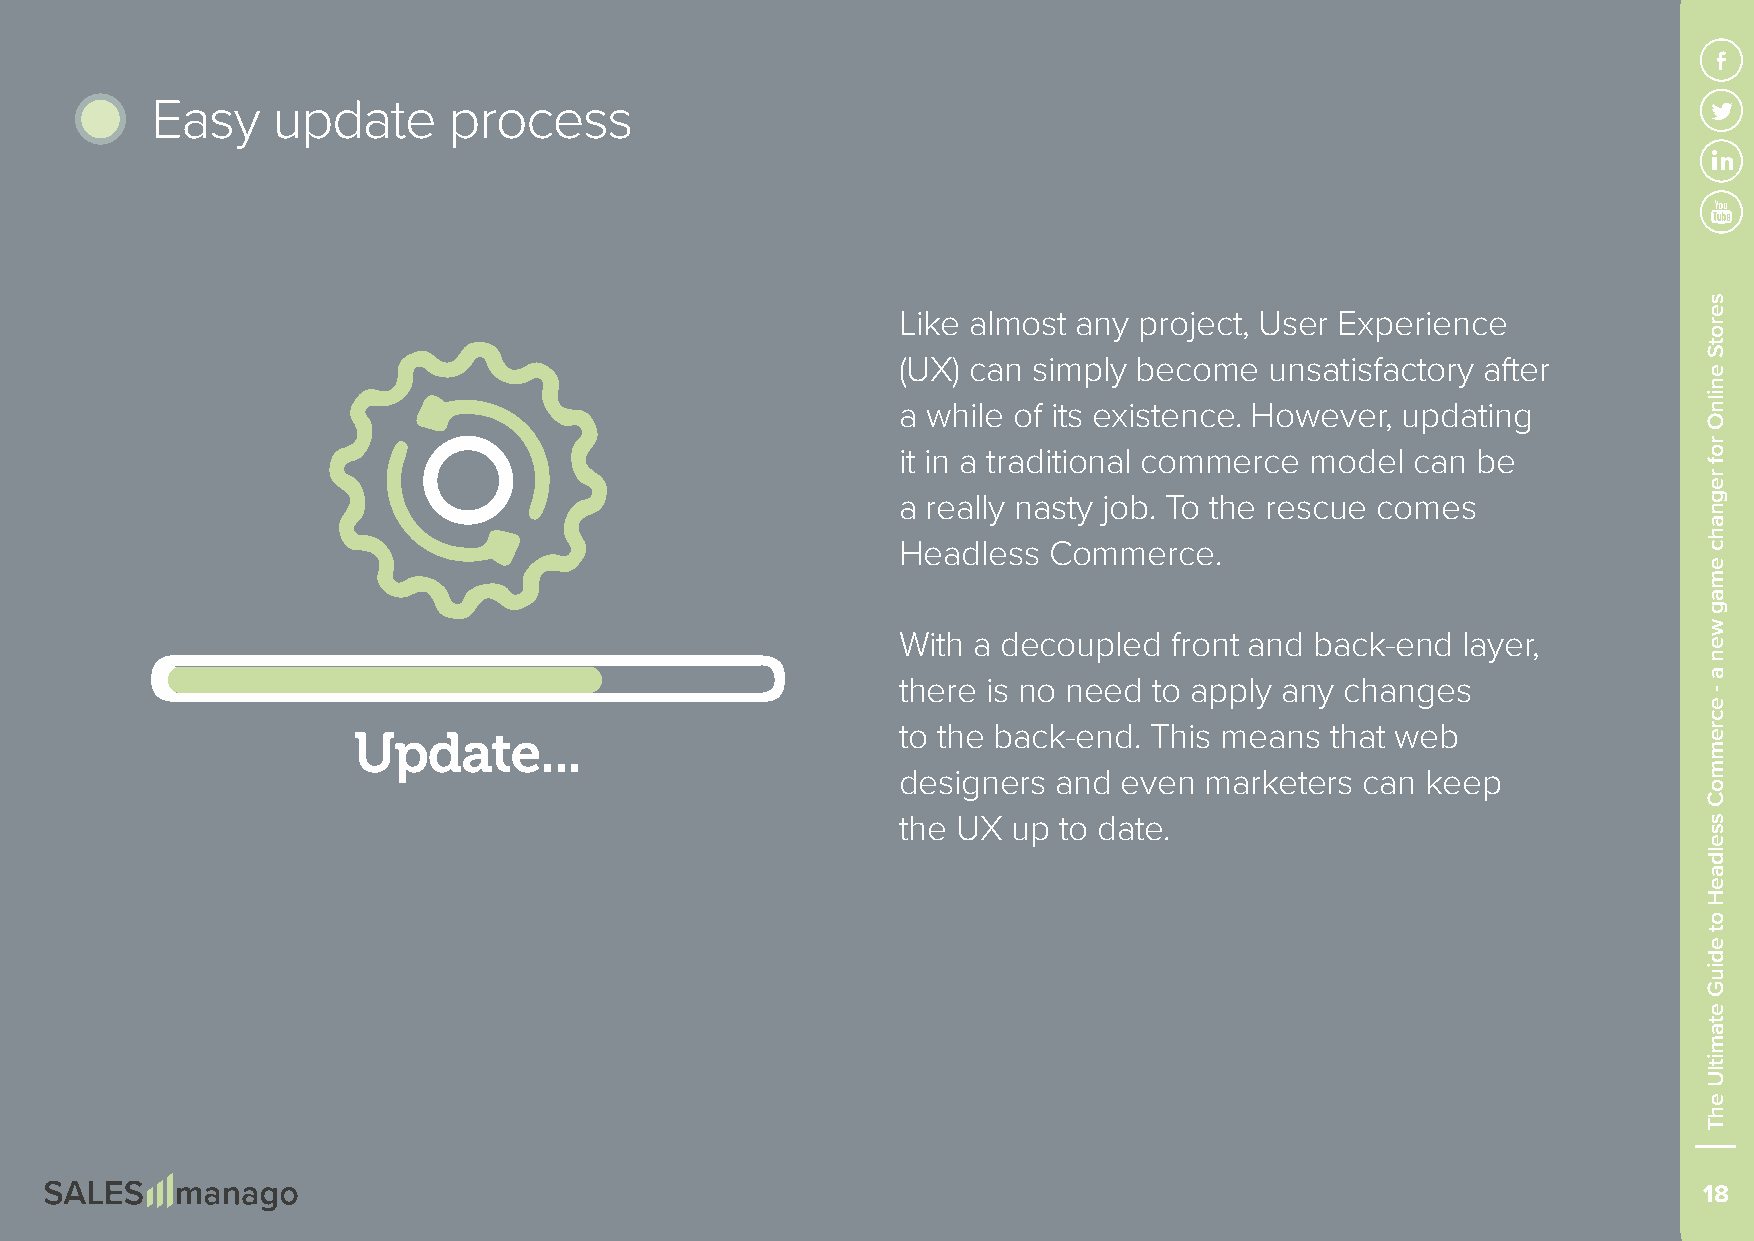
Easy    update      process
 Like almost any project, User Experience
 (UX) can simply become  unsatisfactory after
 a while of its existence. However, updating
 it in a traditional commerce model can be
 a really nasty job. To the rescue comes
 Headless Commerce.
 With a decoupled  front and back-end layer,
 there is no need to apply any changes
 Update...                            to the back-end. This means that web
 designers and even  marketers can keep
 the UX up to date.
 18
 serotS
 enilnO
 rof
 regnahc
 emag
 wen
 a
 -
 ecremmoC
 sseldaeH
 ot
 ediuG
 etamitlU
 ehT